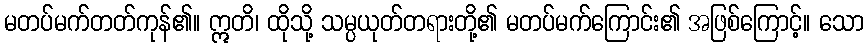
မတပ်မက်တတ်ကုန်၏။ ဣတိ၊ ထိုသို့ သမ္ပယုတ်တရားတို့၏ မတပ်မက်ကြောင်း၏ အဖြစ်ကြောင့်။ သော